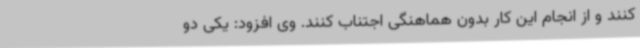
کنند و از انجام این کار بدون هماهنگی اجتناب کنند. وی افزود: یکی دو